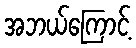
အဘယ်ကြောင့်